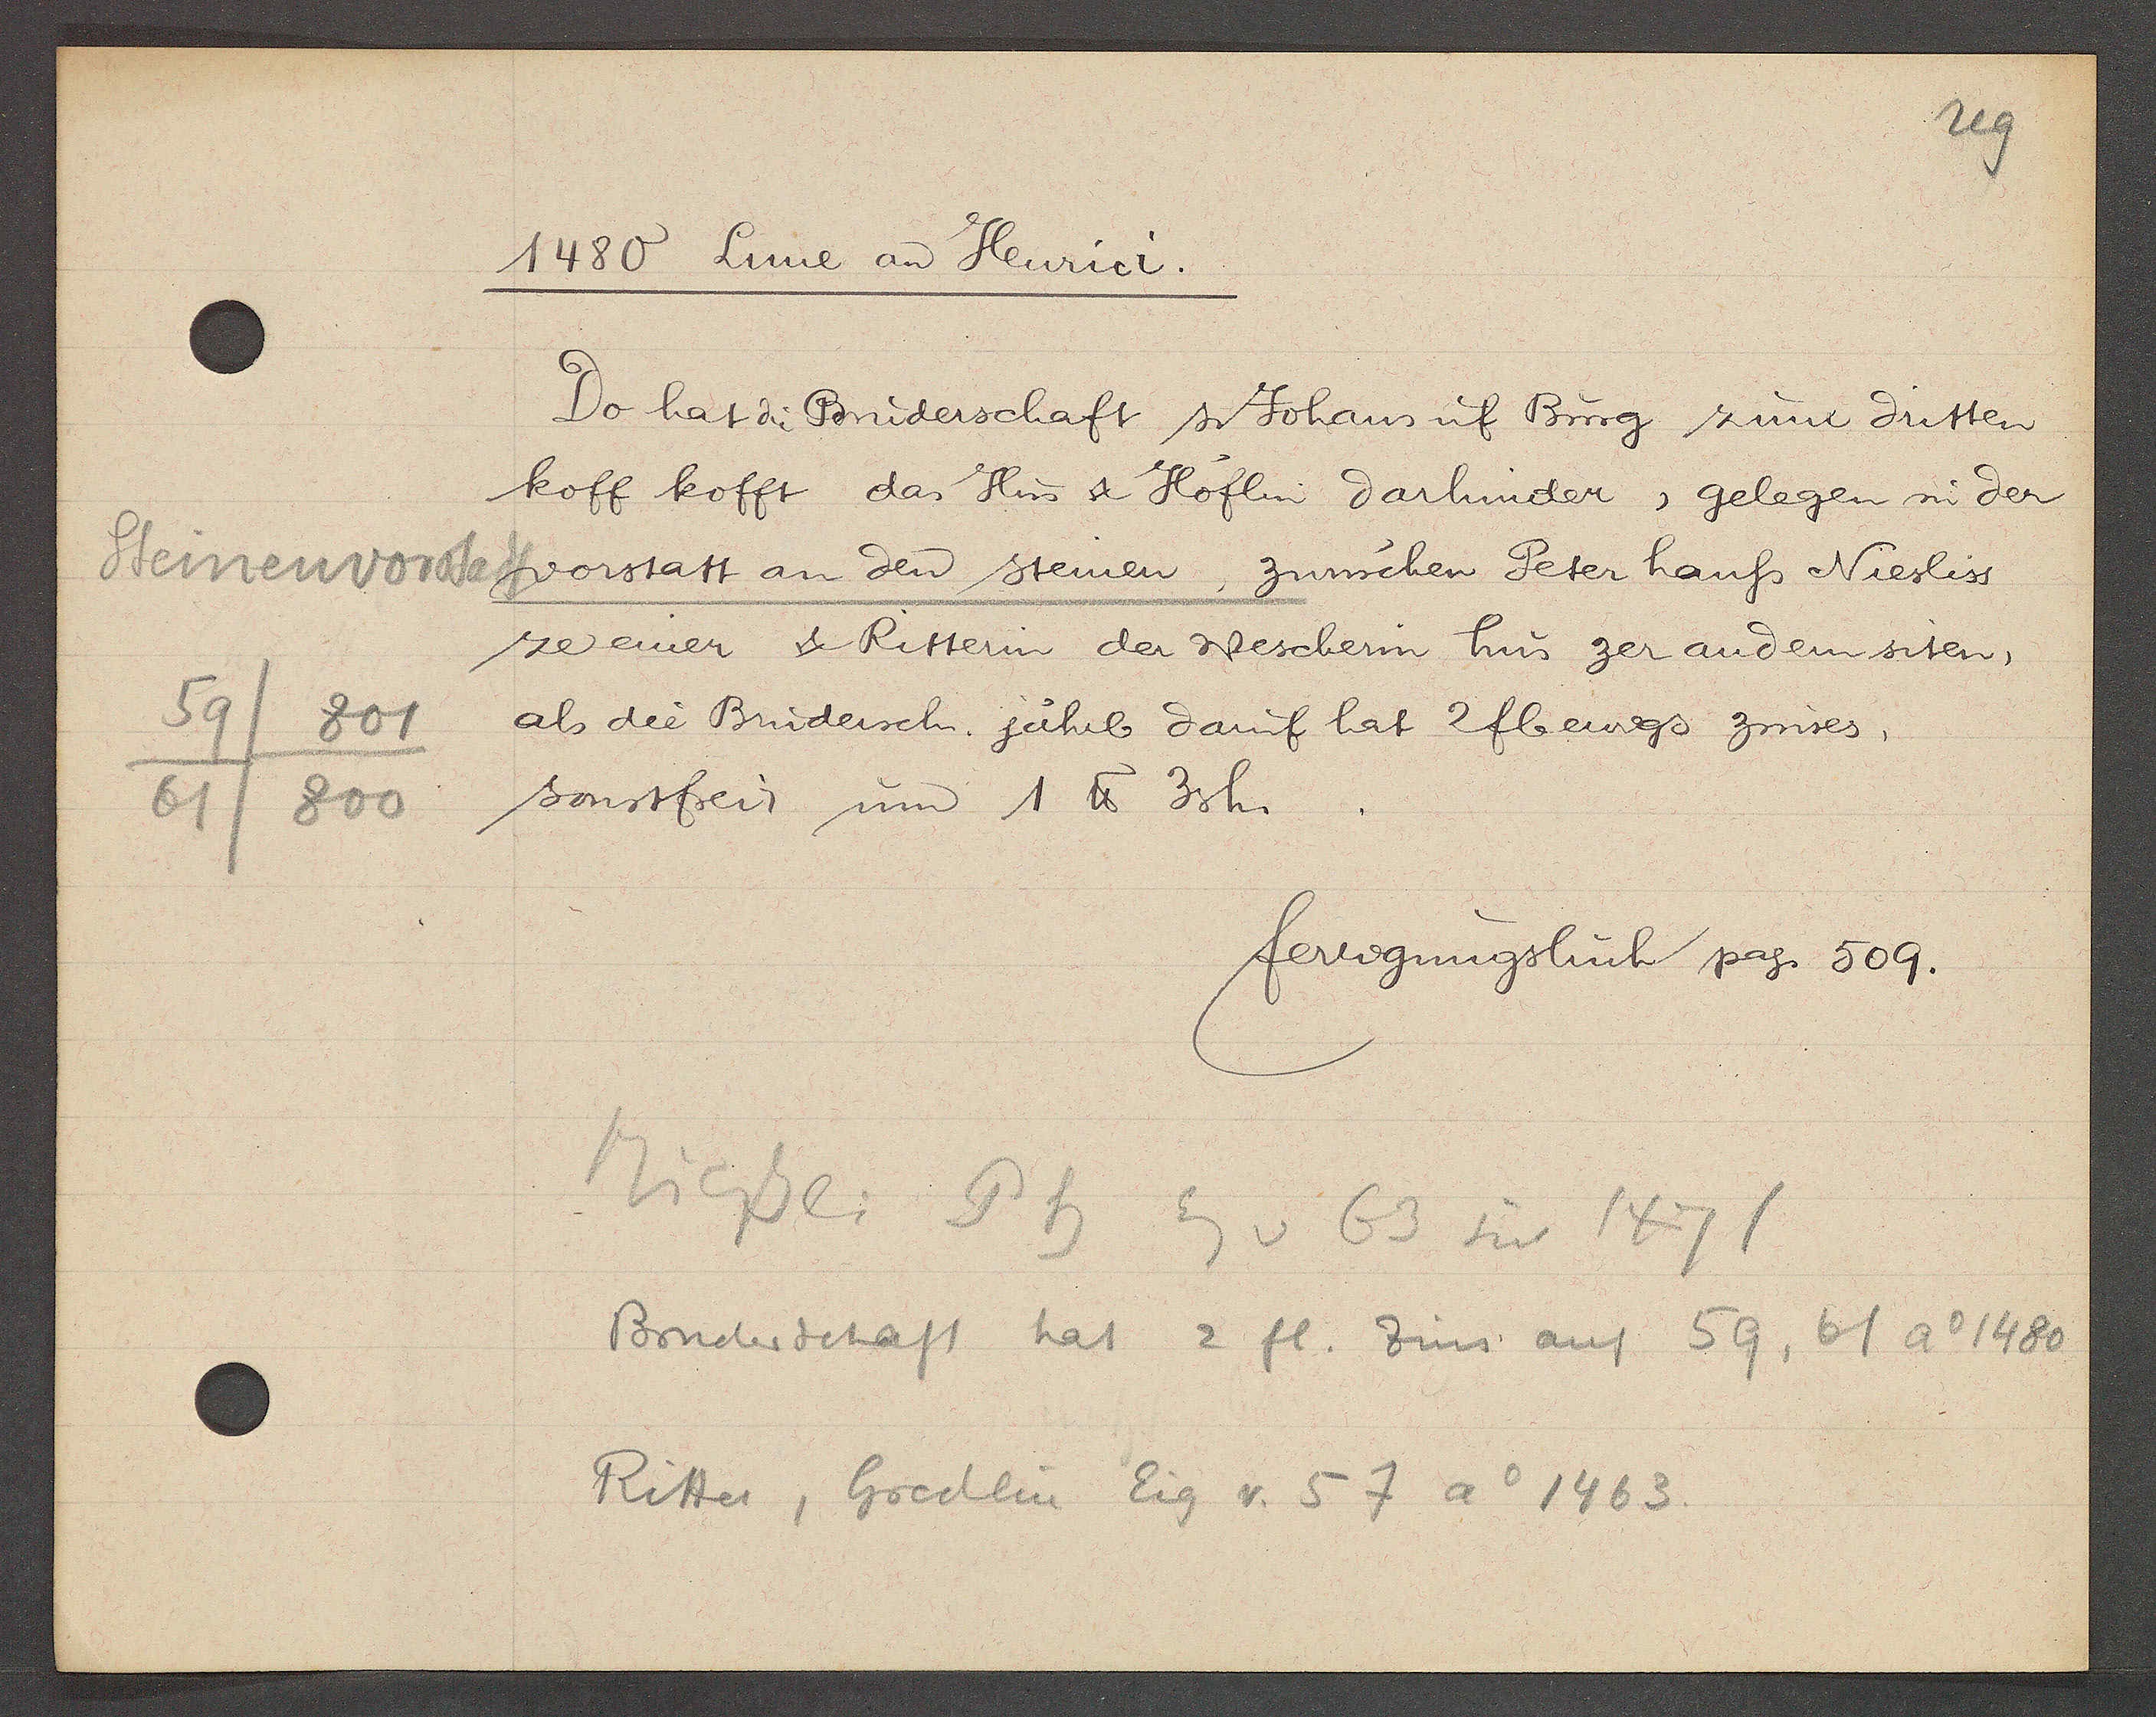
Transcript:
Steinenvorstadt
59
801
61/800

1480 Lune aȵ Henrici.

Do hat die Bruderschaft s. Johans uf Burg zum dritten
koff kofft das Hus & Höflin darhinder, gelegen in der
vorstatt an den steinen, zwüschen Peter hauss Niesliss
ze einer & Ritterin der Wescherin hus zer andern siten,
als die Brudersch. jährl daruf hat 2fl ewigs zinses,
sonstfrei, um 1 ℔ 3sh.

fertigungsbuch pag. 509.

Niessli Th Eg v 63 bis 1471
Bruderschaft hat 2 fl. Zins auf 59, 61 Ao 1480
Ritter, Gredlin Eig v. 57 Ao 1463